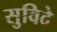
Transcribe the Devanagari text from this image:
सुविदे